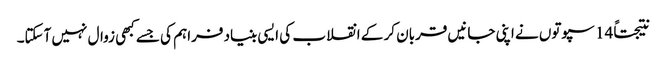
نتیجتاً 14 سپوتوں نے اپنی جانیں قربان کر کے انقلاب کی ایسی بنیاد فراہم کی جسے کبھی زوال نہیں آسکتا۔